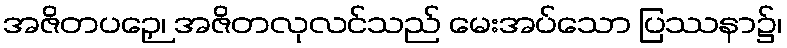
အဇိတပဉှေ၊ အဇိတလုလင်သည် မေးအပ်သော ပြဿနာ၌၊